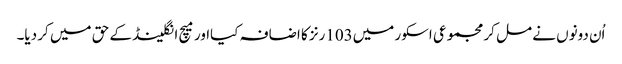
اُن دونوں نے مل کر مجموعی اسکور میں103رنز کا اضافہ کیااور میچ انگلینڈ کے حق میں کر دیا۔